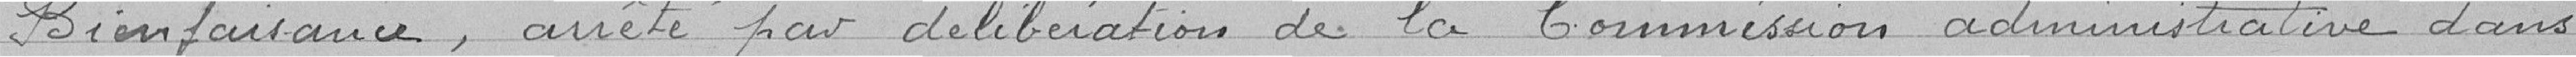
Bienfaisance, arrête par délibération de la Commission administrative dans